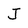
Character: J